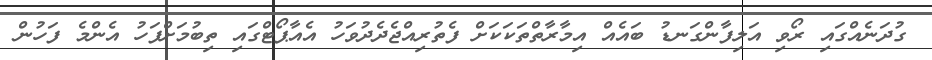
ގުދަނެއްގައި ރޯވި އަލިފާންގަނޑު ބައެއް އިމާރާތްތަކަކަށް ފެތުރިއްޖެދެދުވަހު އެއާޕޯޓްގައި ތިބުމަށްފަހު އެންމެ ފަހުން